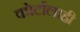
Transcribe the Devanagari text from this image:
कोर्टालाही